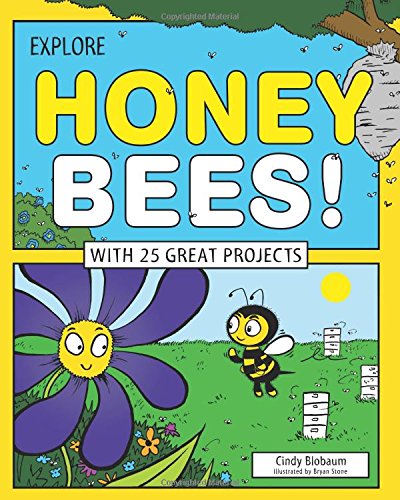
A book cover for Explore Honey Bees!: With 25 Great Projects (Explore Your World); Cindy Blobaum; Children's Books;